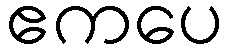
ဧကပေ